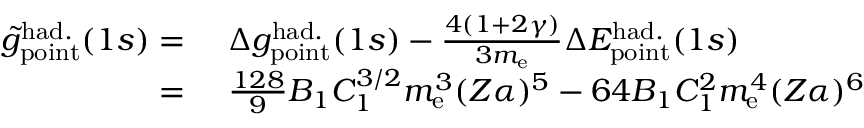
\begin{array} { r l } { \tilde { g } _ { \mathrm { p o i n t } } ^ { \mathrm { h a d . } } ( 1 s ) = \ } & { { } \Delta { g } _ { \mathrm { p o i n t } } ^ { \mathrm { h a d . } } ( 1 s ) - \frac { 4 ( 1 + 2 \gamma ) } { 3 m _ { \mathrm { e } } } \Delta { E } _ { \mathrm { p o i n t } } ^ { \mathrm { h a d . } } ( 1 s ) } \\ { = \ } & { { } \frac { 1 2 8 } { 9 } B _ { 1 } C _ { 1 } ^ { 3 / 2 } m _ { \mathrm { e } } ^ { 3 } ( Z \alpha ) ^ { 5 } - 6 4 B _ { 1 } C _ { 1 } ^ { 2 } m _ { \mathrm { e } } ^ { 4 } ( Z \alpha ) ^ { 6 } } \end{array}